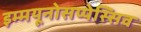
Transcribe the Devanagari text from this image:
इम्मयूनोसप्पेस्सिव